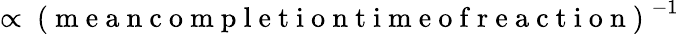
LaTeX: \propto\mathrm{~(~m~e~a~n~c~o~m~p~l~e~t~i~o~n~t~i~m~e~o~f~r~e~a~c~t~i~o~n~)~}^{-1}